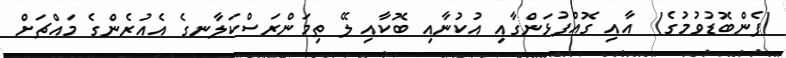
(ފެންބޮޑުވުމުގެ)  އާއި ގޮއްފުޅަންގާއި އުކުނާއި ބޮކާއި ލޭ ތިމަންރަސްކަލާނގެ އެއުރެންގެ މައްޗަށް